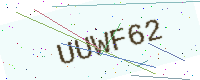
Text: UUWF62